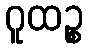
ဂူထဉ္စ